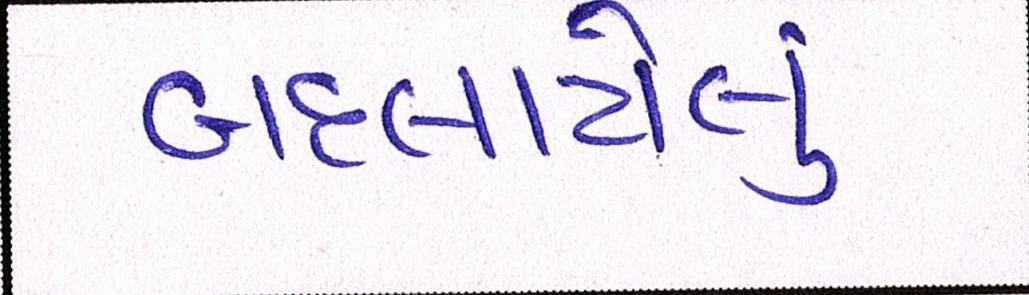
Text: બદલાયેલું